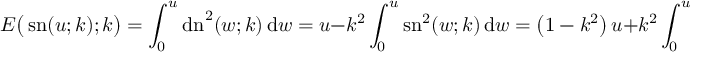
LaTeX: E { \bigl ( } \operatorname { s n } ( u ; k ) ; k { \bigr ) } = \int _ { 0 } ^ { u } \operatorname { d n } ^ { 2 } ( w ; k ) \, \mathrm { d } w = u - k ^ { 2 } \int _ { 0 } ^ { u } \operatorname { s n } ^ { 2 } ( w ; k ) \, \mathrm { d } w = \left( 1 - k ^ { 2 } \right) u + k ^ { 2 } \int _ { 0 } ^ { u } \operatorname { c n } ^ { 2 } ( w ; k ) \, \mathrm { d } w .